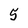
Character: 5